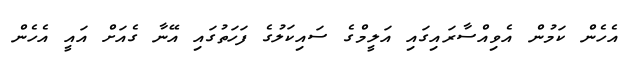
އެހެން ކަމުން އެވިއްސާރައިގައި އަލީމްގެ ސައިކަލުގެ ފަހަތުގައި އޭނާ ގެއަށް އައީ އެހެން